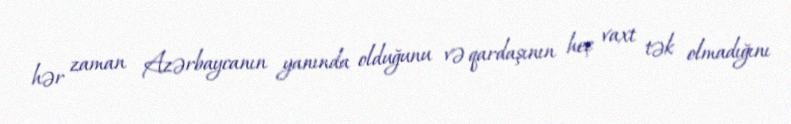
hər zaman Azərbaycanın yanında olduğunu və qardaşının heç vaxt tək olmadığını